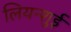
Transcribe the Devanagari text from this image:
लियन्शुई